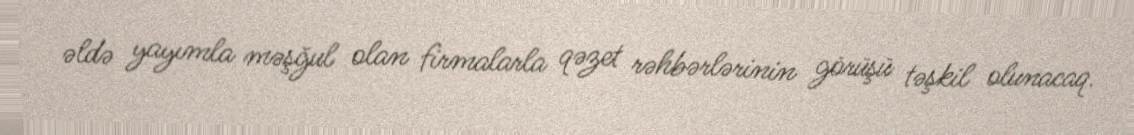
əldə yayımla məşğul olan firmalarla qəzet rəhbərlərinin görüşü təşkil olunacaq.